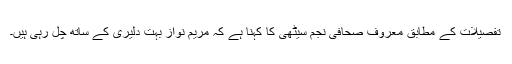
تفصیلات کے مطابق معروف صحافی نجم سیٹھی کا کہنا ہے کہ مریم نواز بہت دلیری کے ساتھ چل رہی ہیں۔